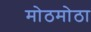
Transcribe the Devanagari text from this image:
मोठमोठा